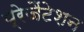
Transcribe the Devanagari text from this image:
प्रेजैंटेशन